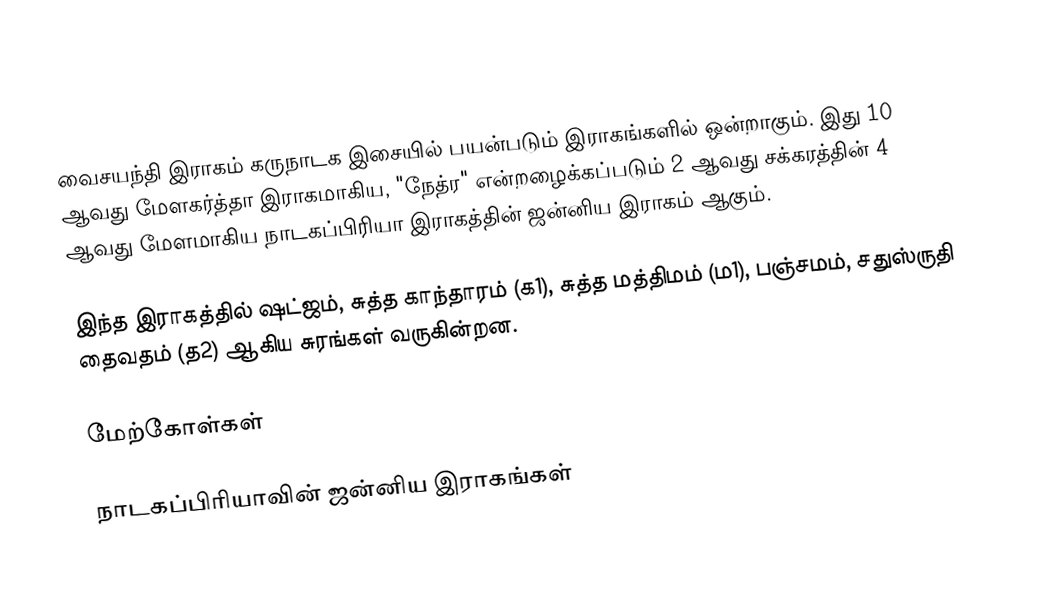
வைசயந்தி இராகம் கருநாடக இசையில் பயன்படும் இராகங்களில் ஒன்றாகும். இது 10 ஆவது மேளகர்த்தா இராகமாகிய, "நேத்ர" என்றழைக்கப்படும் 2 ஆவது சக்கரத்தின் 4 ஆவது மேளமாகிய நாடகப்பிரியா இராகத்தின் ஜன்னிய இராகம் ஆகும்.

இந்த இராகத்தில் ஷட்ஜம், சுத்த காந்தாரம் (க1), சுத்த மத்திமம் (ம1), பஞ்சமம், சதுஸ்ருதி தைவதம் (த2) ஆகிய சுரங்கள் வருகின்றன.

மேற்கோள்கள்

நாடகப்பிரியாவின் ஜன்னிய இராகங்கள்